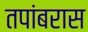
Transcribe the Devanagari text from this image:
तपांबरास